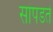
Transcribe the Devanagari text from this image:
सांपडते